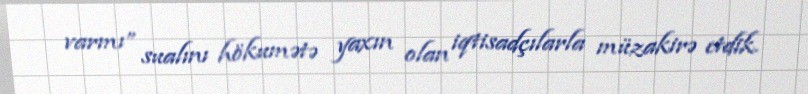
varmı” sualını hökumətə yaxın olan iqtisadçılarla müzakirə etdik.